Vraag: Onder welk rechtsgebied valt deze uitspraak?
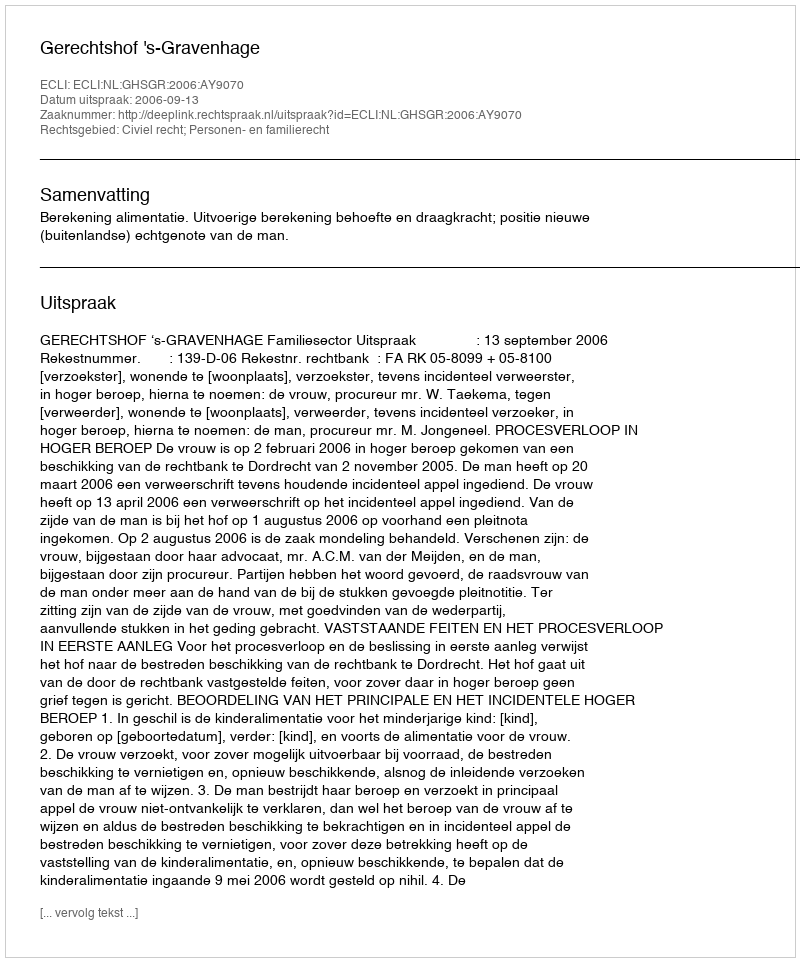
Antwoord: Civiel recht; Personen- en familierecht